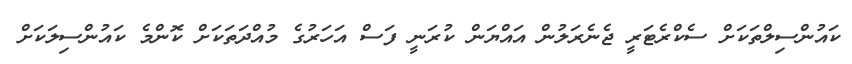
ކައުންސިލްތަކަށް ސެކްރެޓަރީ ޖެނެރަލުން އައްޔަން ކުރަނީ ފަސް އަހަރުގެ މުއްދަތަކަށް ކޮންމެ ކައުންސިލަކަށް